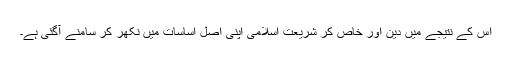
اس کے نتیجے میں دین اور خاص کر شریعت اسلامی اپنی اصل اساسات میں نکھر کر سامنے آگئی ہے۔